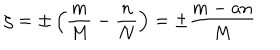
LaTeX: \zeta = \pm \left( \frac { m } { M } - \frac { n } { N } \right) = \pm \frac { m - a n } { M }